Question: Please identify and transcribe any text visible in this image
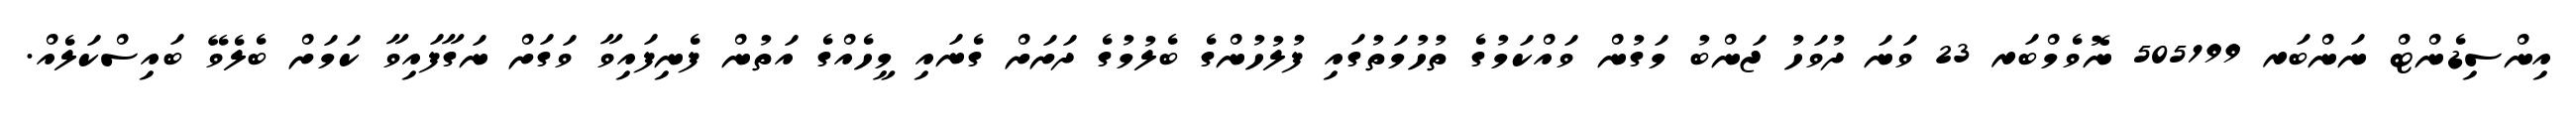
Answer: އިންސިޑެންޓް ނަންބަރ 505199 ނޮވެމްބަރ 23 ވަނަ ދުވަހު ޖަންބު މަގުން ވައްކަމުގެ ތުހުމަތުގައި ފުލުހުންގެ ބެލުމުގެ ދަށަށް ގެނައި މީހެއްގެ އަތުން ފެނިފައިވާ ވަގަށް ނަގާފައިވާ ކަމަށް ބެލެވޭ ބައިސްކަލެއް.